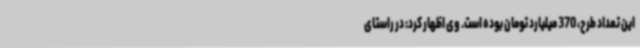
این تعداد طرح، 370 میلیارد تومان بوده است. وی اظهار کرد: در راستای